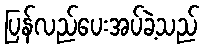
ပြန်လည်ပေးအပ်ခဲ့သည်